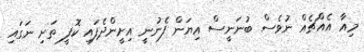
މިއާ އެއްޗެއް ނުވެސް ބުނަނީސް އިޔަން ފެނުނީ އިށީންދެފައި ކޮފީ ތަށި ނަގައި